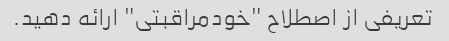
تعریفی از اصطلاح "خودمراقبتی" ارائه دهید.